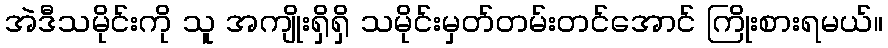
အဲဒီသမိုင်းကို သူ အကျိုးရှိရှိ သမိုင်းမှတ်တမ်းတင်အောင် ကြိုးစားရမယ်။